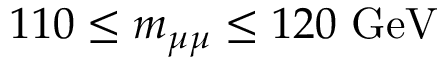
1 1 0 \leq \ensuremath { m _ { \mu \mu } } \leq 1 2 0 \ \mathrm { G e V }